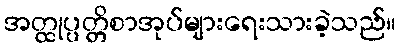
အတ္ထုပ္ပတ္တိစာအုပ်များရေးသားခဲ့သည်။